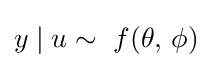
y\mid u\sim \ f(\theta ,\,\phi )